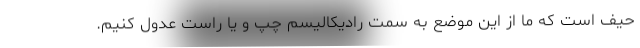
حیف است که ما از این موضع به سمت رادیکالیسم چپ و یا راست عدول کنیم.